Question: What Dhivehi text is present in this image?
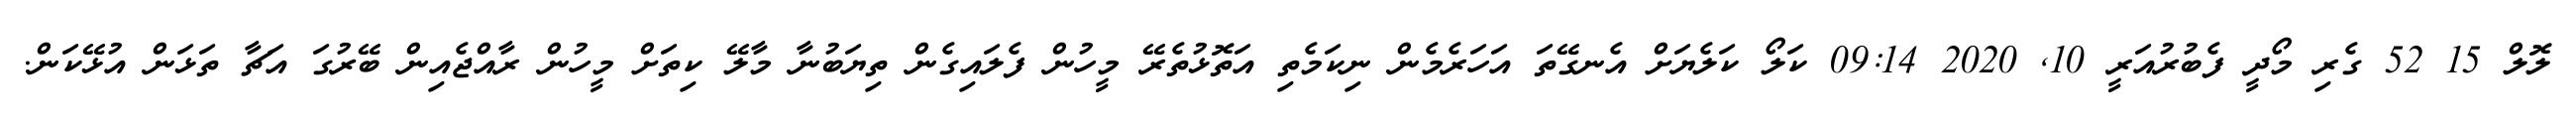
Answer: ލޮލް 15 52 ގެރި މޯދީ ފެބުރުއަރީ 10, 2020 09:14 ކަލޯ ކަލެޔަށް އެނގޭތަ އަހަރެމެން ނިކަމެތި އަތޮޅުތެރޭ މީހުން ފެލައިގެން ތިޔަބުނާ މާލޭ ކިތަށް މީހުން ރާއްޖެއިން ބޭރުގަ އަޗާ ތަޅަން އުޅޭކަން.